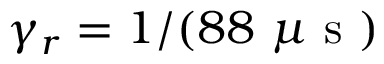
\gamma _ { r } = 1 / ( 8 8 ~ \mu \mathrm { ~ s ~ } )